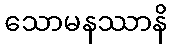
သောမနဿာနိ